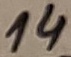
Text: 14